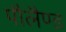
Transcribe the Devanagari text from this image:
पौलैण्ड